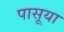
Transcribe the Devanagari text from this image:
पासूया